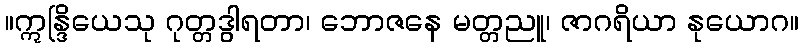
။ဣန္ဒြိယေသု ဂုတ္တဒွါရတာ၊ ဘောဇနေ မတ္တညူ၊ ဇာဂရိယာ နုယောဂ။